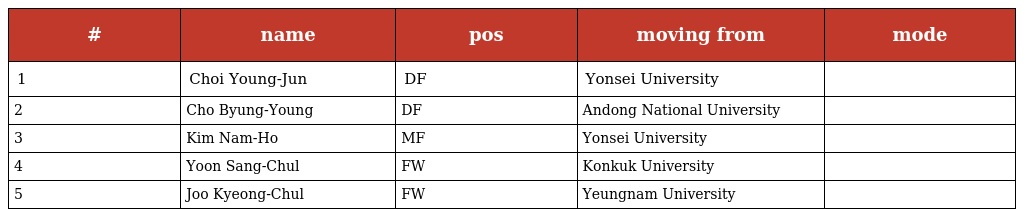
| # | name | pos | moving from | mode |
 | --- | --- | --- | --- | --- |
 | 1 | Choi Young-Jun | DF | Yonsei University |  |
 | 2 | Cho Byung-Young | DF | Andong National University |  |
 | 3 | Kim Nam-Ho | MF | Yonsei University |  |
 | 4 | Yoon Sang-Chul | FW | Konkuk University |  |
 | 5 | Joo Kyeong-Chul | FW | Yeungnam University |  |